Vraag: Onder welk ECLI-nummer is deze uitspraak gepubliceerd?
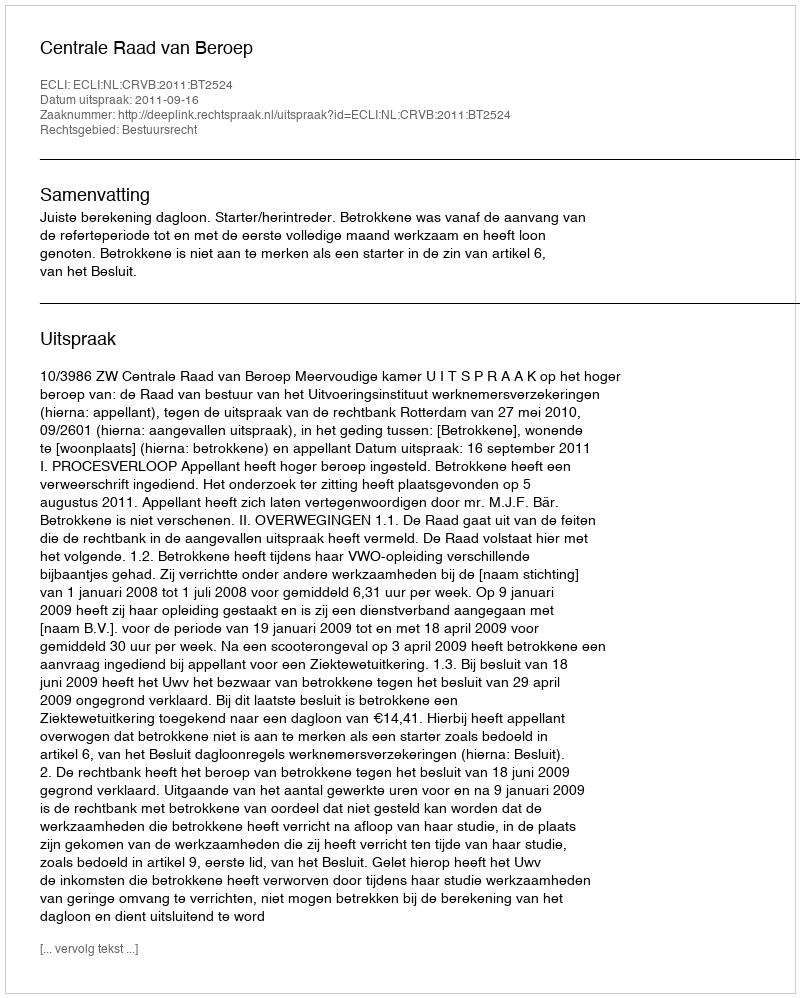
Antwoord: ECLI:NL:CRVB:2011:BT2524